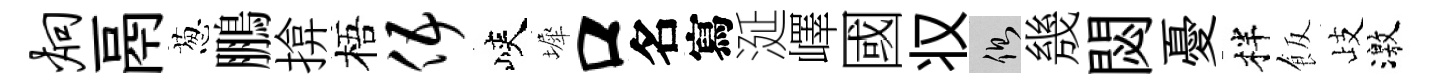
炯鬲葱鵬揜梧伍峽墀口名寫涎嶧國𠬧側㡬閟憂柈飯歧激